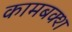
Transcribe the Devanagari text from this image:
कामबक्श